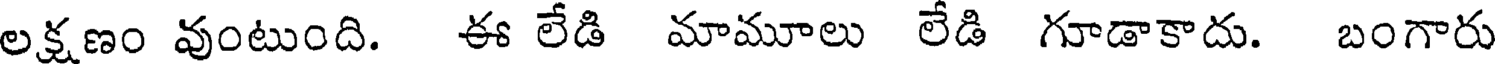
లక్షణం వుంటుంది. ఈ లేడి మామూలు లేడి గూడాకాదు. బంగారు